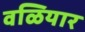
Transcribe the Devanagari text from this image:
वळियार